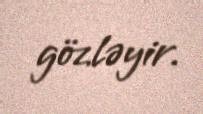
gözləyir.